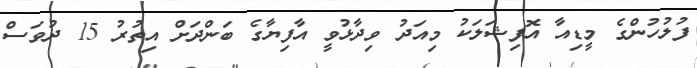
ފުލުހުންގެ މީޑިއާ އޮފިޝަލަކު މިއަދު ވިދާޅުވީ އާފިޔާގެ ބަންދަށް އިތުރު 15 ދުވަސް